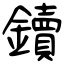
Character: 鑟